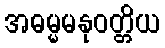
အဓမ္မမနုဝတ္တိယ